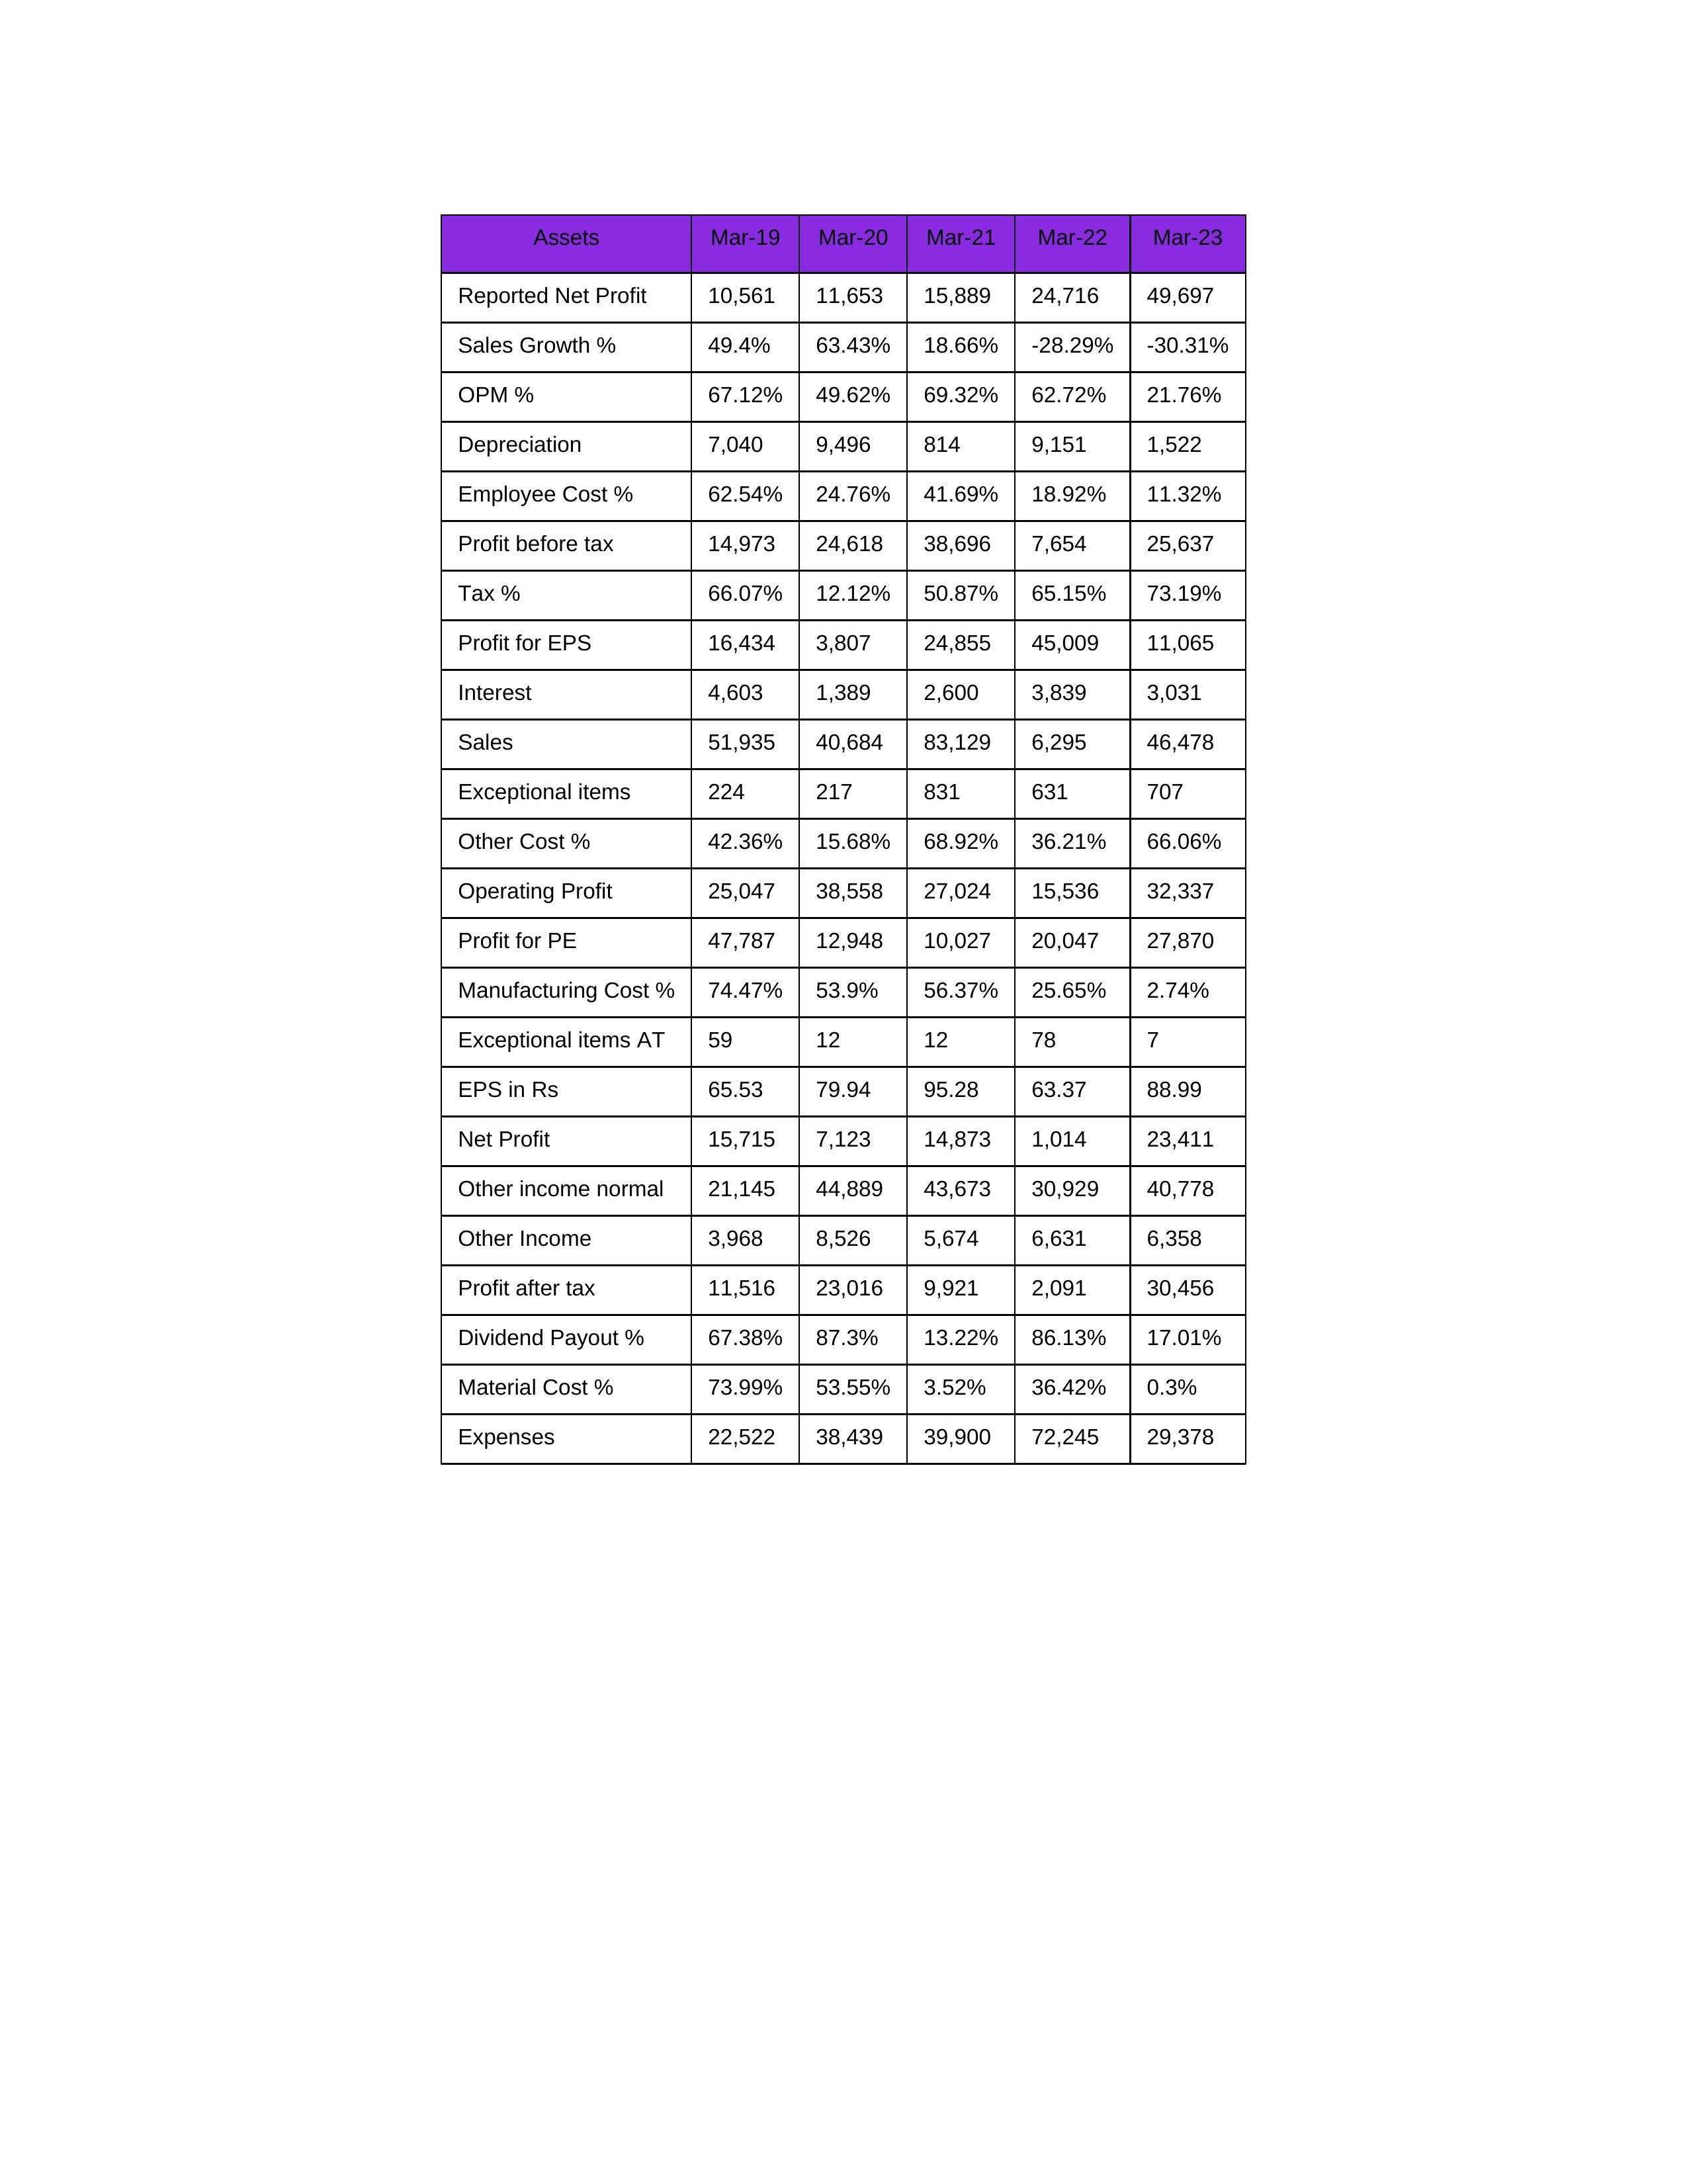
gt_parse: Mar-19: Sales: 51,935
Sales Growth %: 49.4%
Expenses: 22,522
Material Cost %: 73.99%
Manufacturing Cost %: 74.47%
Employee Cost %: 62.54%
Other Cost %: 42.36%
Operating Profit: 25,047
OPM %: 67.12%
Other Income: 3,968
Exceptional items: 224
Other income normal: 21,145
Interest: 4,603
Depreciation: 7,040
Profit before tax: 14,973
Tax %: 66.07%
Net Profit: 15,715
Profit after tax: 11,516
Reported Net Profit: 10,561
Profit for EPS: 16,434
Exceptional items AT: 59
Profit for PE: 47,787
EPS in Rs: 65.53
Dividend Payout %: 67.38%
Mar-20: Sales: 40,684
Sales Growth %: 63.43%
Expenses: 38,439
Material Cost %: 53.55%
Manufacturing Cost %: 53.9%
Employee Cost %: 24.76%
Other Cost %: 15.68%
Operating Profit: 38,558
OPM %: 49.62%
Other Income: 8,526
Exceptional items: 217
Other income normal: 44,889
Interest: 1,389
Depreciation: 9,496
Profit before tax: 24,618
Tax %: 12.12%
Net Profit: 7,123
Profit after tax: 23,016
Reported Net Profit: 11,653
Profit for EPS: 3,807
Exceptional items AT: 12
Profit for PE: 12,948
EPS in Rs: 79.94
Dividend Payout %: 87.3%
Mar-21: Sales: 83,129
Sales Growth %: 18.66%
Expenses: 39,900
Material Cost %: 3.52%
Manufacturing Cost %: 56.37%
Employee Cost %: 41.69%
Other Cost %: 68.92%
Operating Profit: 27,024
OPM %: 69.32%
Other Income: 5,674
Exceptional items: 831
Other income normal: 43,673
Interest: 2,600
Depreciation: 814
Profit before tax: 38,696
Tax %: 50.87%
Net Profit: 14,873
Profit after tax: 9,921
Reported Net Profit: 15,889
Profit for EPS: 24,855
Exceptional items AT: 12
Profit for PE: 10,027
EPS in Rs: 95.28
Dividend Payout %: 13.22%
Mar-22: Sales: 6,295
Sales Growth %: -28.29%
Expenses: 72,245
Material Cost %: 36.42%
Manufacturing Cost %: 25.65%
Employee Cost %: 18.92%
Other Cost %: 36.21%
Operating Profit: 15,536
OPM %: 62.72%
Other Income: 6,631
Exceptional items: 631
Other income normal: 30,929
Interest: 3,839
Depreciation: 9,151
Profit before tax: 7,654
Tax %: 65.15%
Net Profit: 1,014
Profit after tax: 2,091
Reported Net Profit: 24,716
Profit for EPS: 45,009
Exceptional items AT: 78
Profit for PE: 20,047
EPS in Rs: 63.37
Dividend Payout %: 86.13%
Mar-23: Sales: 46,478
Sales Growth %: -30.31%
Expenses: 29,378
Material Cost %: 0.3%
Manufacturing Cost %: 2.74%
Employee Cost %: 11.32%
Other Cost %: 66.06%
Operating Profit: 32,337
OPM %: 21.76%
Other Income: 6,358
Exceptional items: 707
Other income normal: 40,778
Interest: 3,031
Depreciation: 1,522
Profit before tax: 25,637
Tax %: 73.19%
Net Profit: 23,411
Profit after tax: 30,456
Reported Net Profit: 49,697
Profit for EPS: 11,065
Exceptional items AT: 7
Profit for PE: 27,870
EPS in Rs: 88.99
Dividend Payout %: 17.01%